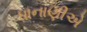
ધાનાણીએ